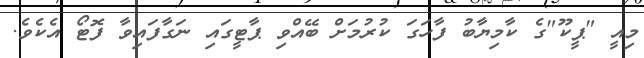
މިއީ "ޕީކޫ"ގެ ކާމިޔާބު ފާހަގަ ކުރުމަށް ބޭއްވި ޕާޓީގައި ނަގާފައިވާ ފޮޓޯ އެކެވެ.